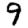
Digit: 9